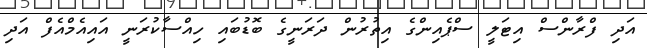
އަދި ފްރާންސް އިޓަލީ ސްޕެއިންގެ އިތުރުން ދަރަނީގެ ބޮޑުބައި ހިއްސާކުރަނީ އައިއެމްއެފް އަދި